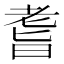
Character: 𦓀